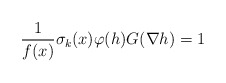
\begin{align*} \frac{1}{f(x)}\sigma_{k}(x)\varphi(h)G(\nabla h)=1\end{align*}